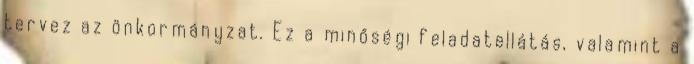
tervez az önkormányzat. Ez a minőségi feladatellátás, valamint a